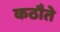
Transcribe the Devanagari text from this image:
कठौते